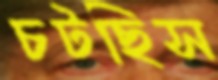
চটছিস